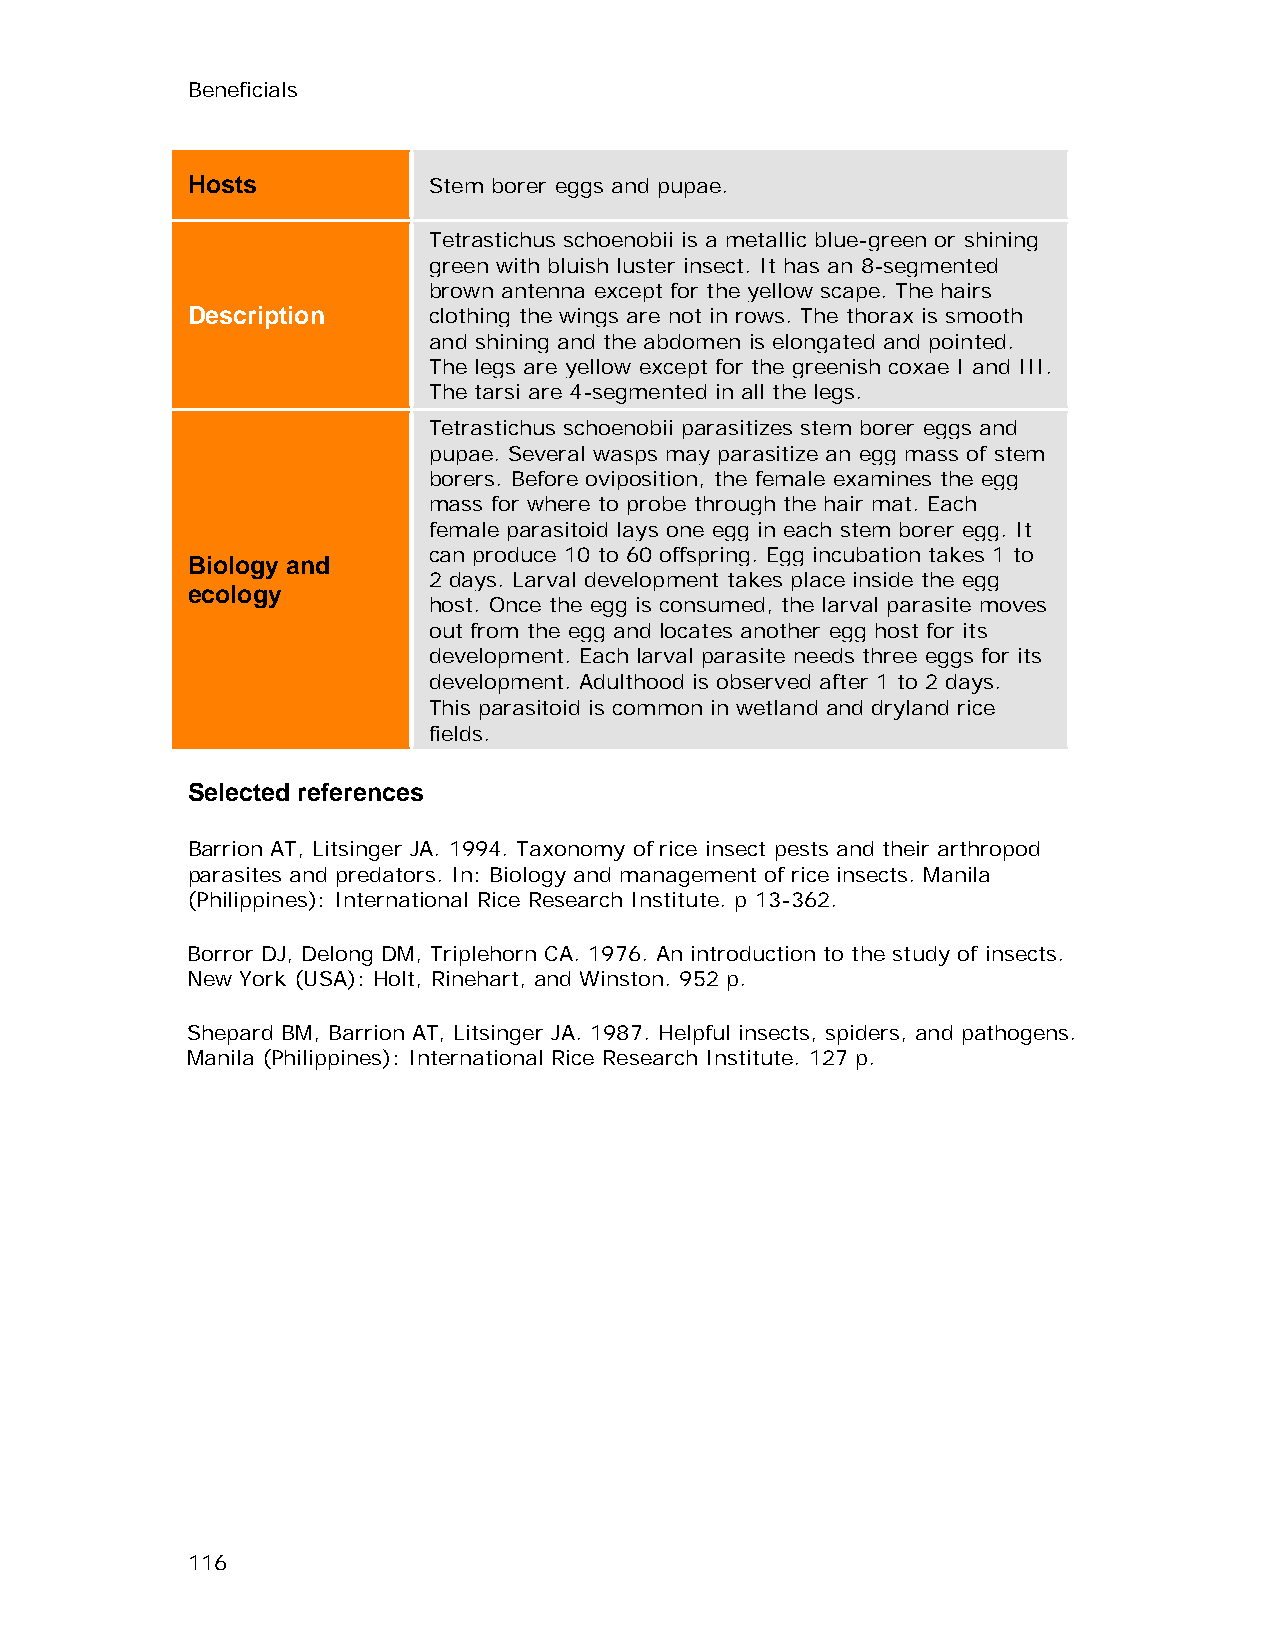
Beneficials
 Hosts           Stem borer eggs and pupae.
 Tetrastichus schoenobii is a metallic blue-green or shining
 green with bluish luster insect. It has an 8-segmented
 brown antenna except for the yellow scape. The hairs
 Description     clothing the wings are not in rows. The thorax is smooth
 and shining and the abdomen is elongated and pointed.
 The legs are yellow except for the greenish coxae I and III.
 The tarsi are 4-segmented in all the legs.
 Tetrastichus schoenobii parasitizes stem borer eggs and
 pupae. Several wasps may parasitize an egg mass of stem
 borers. Before oviposition, the female examines the egg
 mass for where to probe through the hair mat. Each
 female parasitoid lays one egg in each stem borer egg. It
 can produce 10 to 60 offspring. Egg incubation takes 1 to
 Biology and
 2 days. Larval development takes place inside the egg
 ecology
 host. Once the egg is consumed, the larval parasite moves
 out from the egg and locates another egg host for its
 development. Each larval parasite needs three eggs for its
 development. Adulthood is observed after 1 to 2 days.
 This parasitoid is common in wetland and dryland rice
 fields.
 Selected references
 Barrion AT, Litsinger JA. 1994. Taxonomy of rice insect pests and their arthropod
 parasites and predators. In: Biology and management of rice insects. Manila
 (Philippines): International Rice Research Institute. p 13-362.
 Borror DJ, Delong DM, Triplehorn CA. 1976. An introduction to the study of insects.
 New York (USA): Holt, Rinehart, and Winston. 952 p.
 Shepard BM, Barrion AT, Litsinger JA. 1987. Helpful insects, spiders, and pathogens.
 Manila (Philippines): International Rice Research Institute. 127 p.
 116